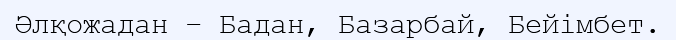
Әлқожадан – Бадан, Базарбай, Бейімбет.